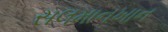
સલમાનખાન